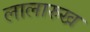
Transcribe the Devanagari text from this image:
लालारुख